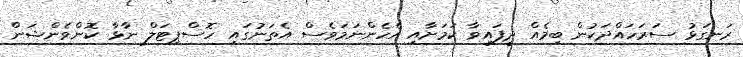
ރަނގަޅު ސަރަހައްދަކުން ބިމެއް ދީފައިވާ ކަަމަށާއި އެހެންނަމަވެސް އެތަނުގައި ހޮސްޕިޓަލް ނާޅާ ކޮންވެންޝަން